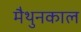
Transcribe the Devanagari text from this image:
मैथुनकाल